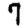
Digit: 7